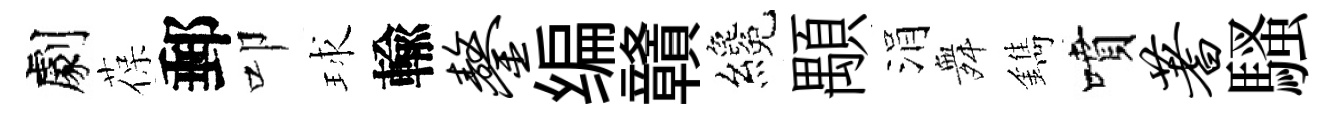
劇葆郵叩球輸鏊编贛纔顒涓舞鐫噴蓍騷